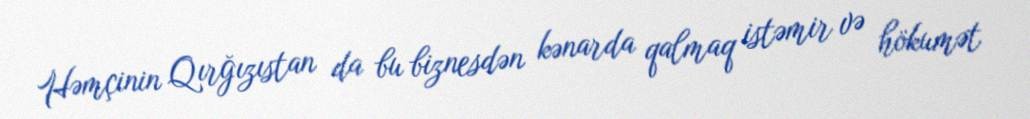
Həmçinin Qırğızıstan da bu biznesdən kənarda qalmaq istəmir və hökumət